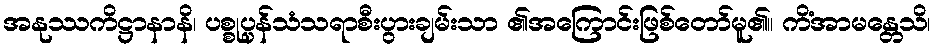
အနုဿကိဋ္ဌာနာနိ၊ ပစ္စုပ္ပန်သံသရာစီးပွားချမ်းသာ ၏အကြောင်းဖြစ်တော်မူ၏။ ကိံအာမန္တေသိ၊